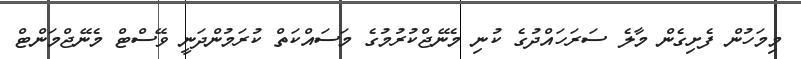
މިމަހުން ފެށިގެން މާލެ ސަރަހައްދުގެ ކުނި މެނޭޖްކުރުމުގެ މަސައްކަތް ކުރަމުންދަނީ ވޭސްޓް މެނޭޖްމަންޓް